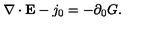
\nabla \cdot { \bf E } - j _ { 0 } = - \partial _ { 0 } G .